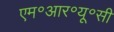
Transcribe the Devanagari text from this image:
एम॰आर॰यू॰सी